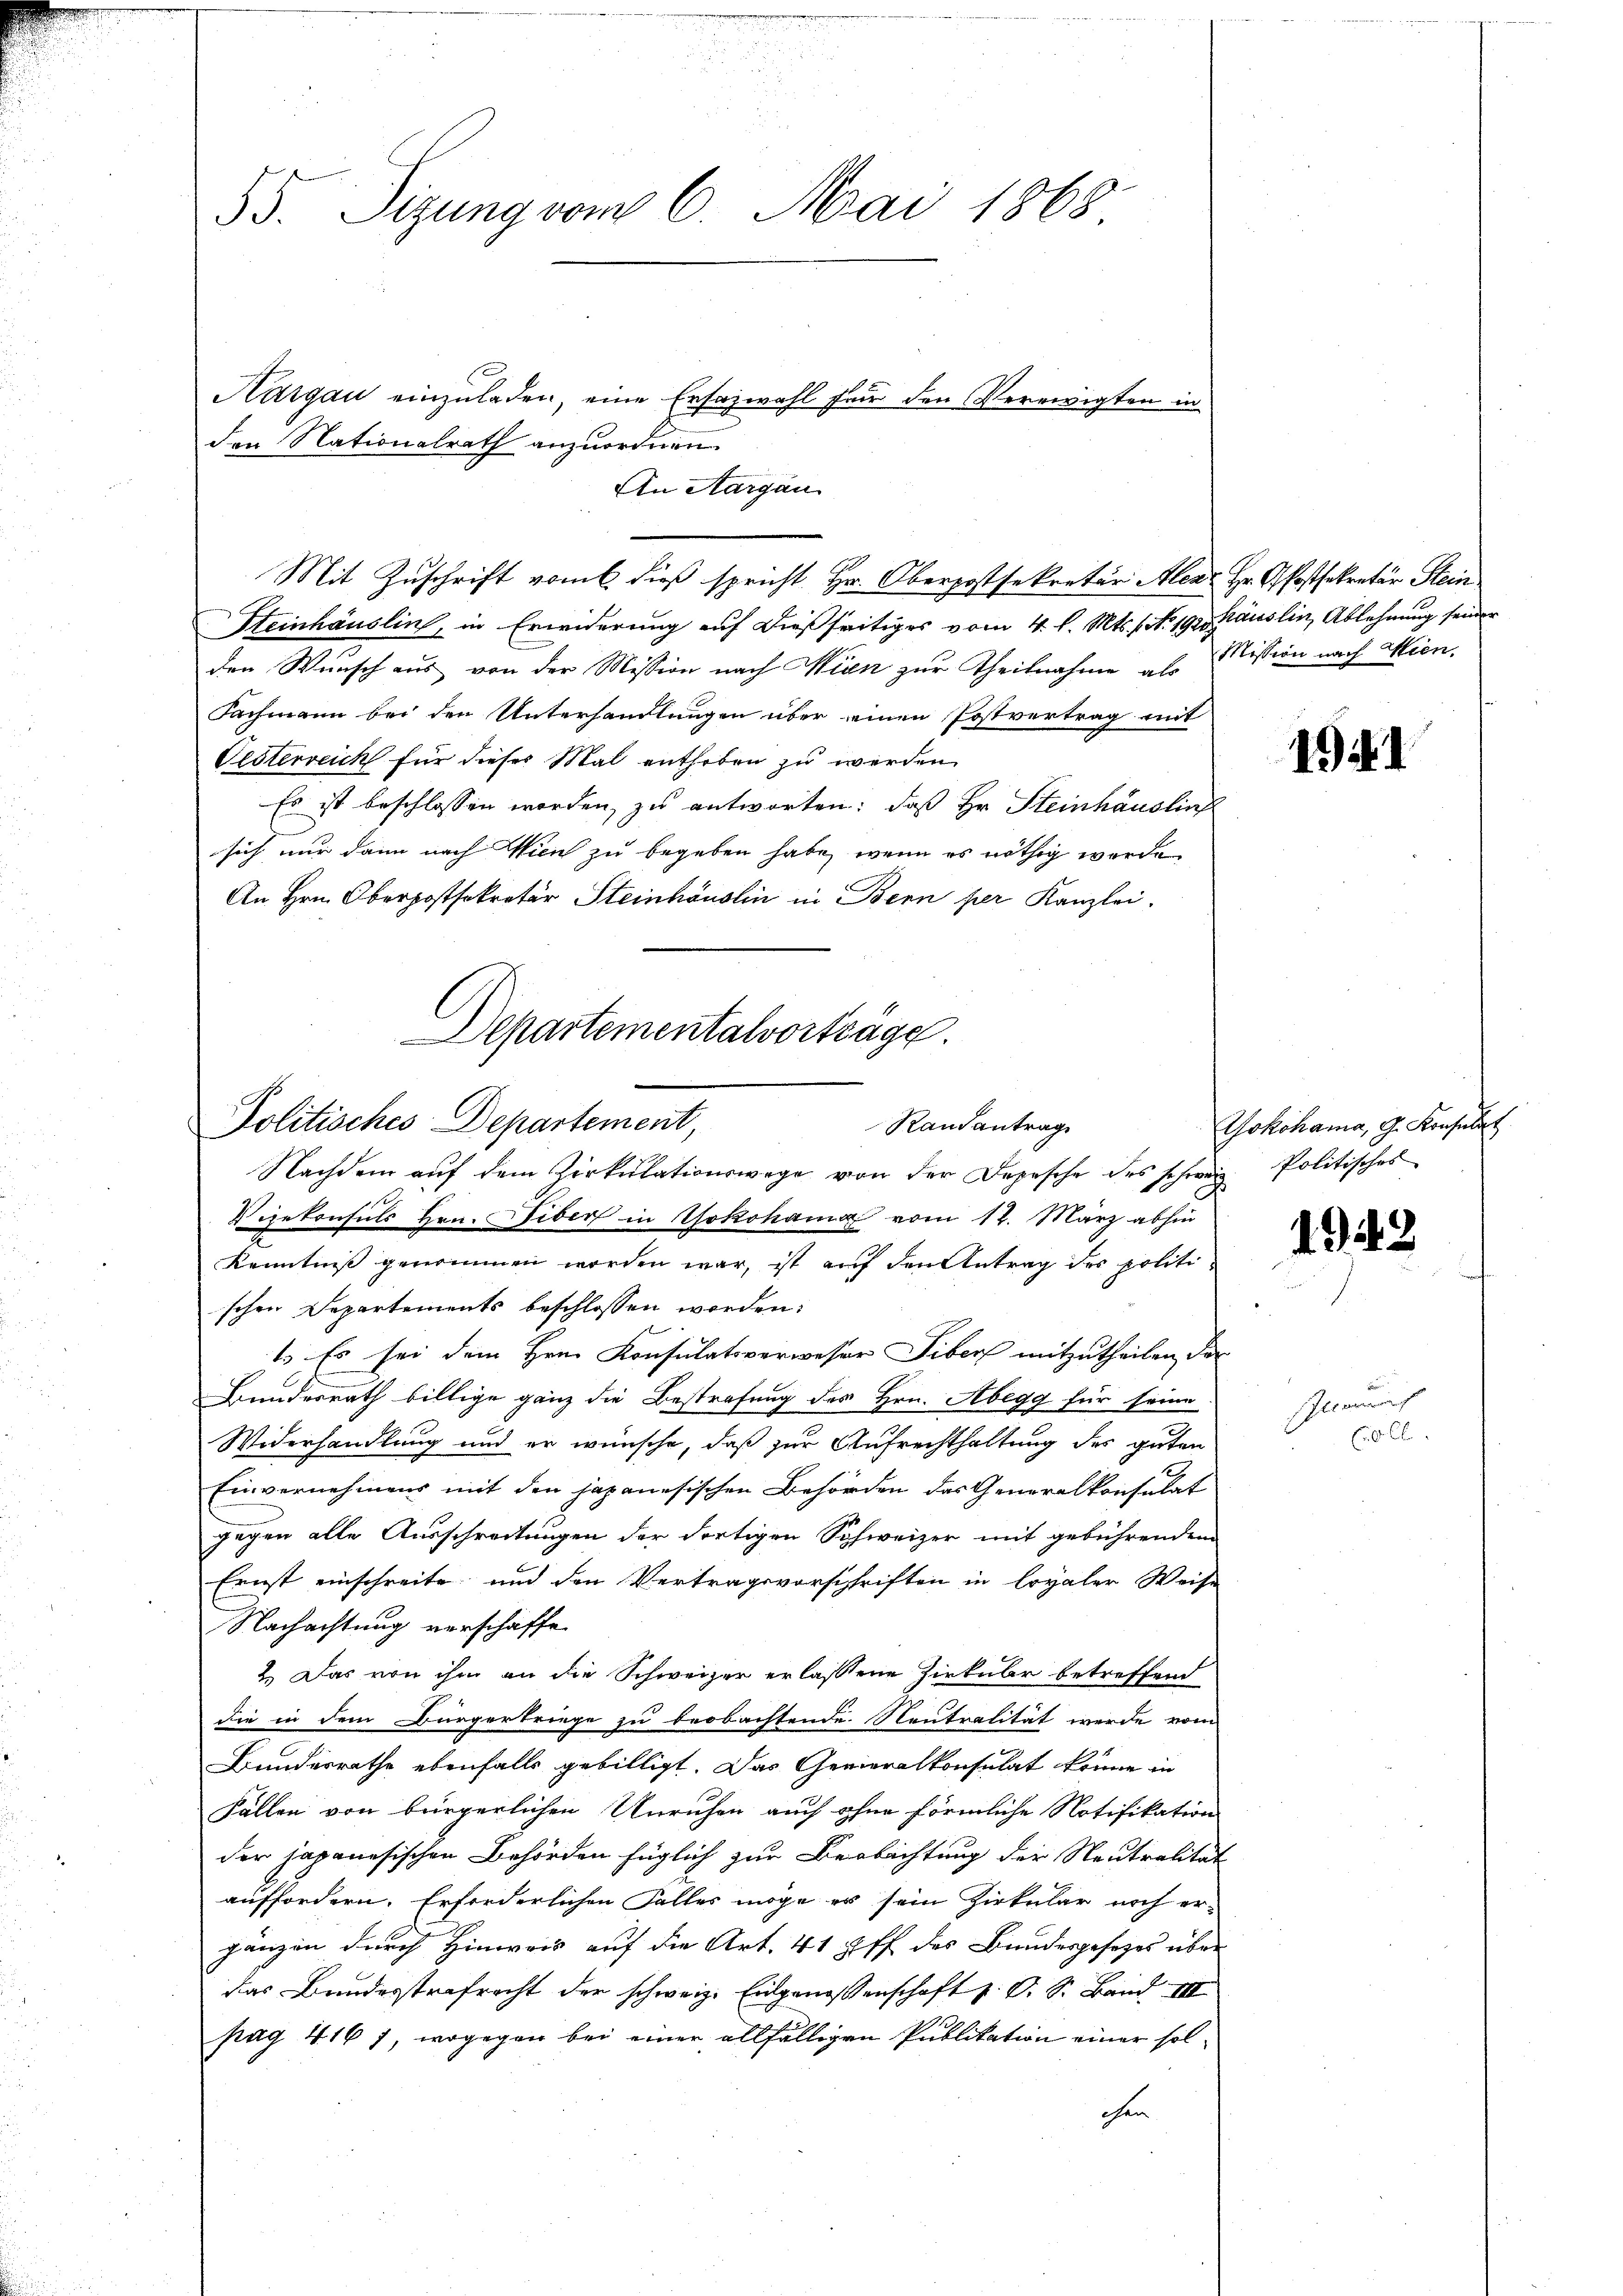
55. Sizung vom 6. Mai 1868

den Nationalrath anzuordnen.
Steinhäuslin, in Erwiderung auf dießseitiges vom 4. l. Mts. No. 19. häuslin, Ablehnung seiner
den Wunsch aus von der Mission nach Wien zur Theilnahme als
Fachmann bei den Unterhandlungen über einen Postvertrag mit
Oesterreich für dieses Mal enthoben zu werden
Es ist beschlossen worden, zu antworten: daß Hr. Steinhäuslief
sich nur dann nach Wien zu begeben habe, wenn es nöthig werde
An Hrn. Oberpostsekretär Steinhäuslin in Bern per Kanzlei.
Departementalvorträge.

Aargau einzuladen, eine Ersazwahl für den Verewigten in
An Aargau
Mit Zuschrift vom 6 dieß spricht Hr. Oberpostsekretär Aleat Hr. Pfossekretär Stein.

Politisches Departement,
Randantrag

Nachdem auf dem Zirkulationswege von der Depesche des schweiz. Politisches
Vizekonsuls Hrn. Tiber in Yokohama vom 12. März abfin
Kenntniß genommen worden war, ist auf den Antrag des politischen Separtements beschlossen worden:
f
1. Es sei dem Hrn. Konsulatsverweser Tiber mitzutheilen, das
Bundesrath billige ganz die Bestrafung des Hrn. Abegg für seine
Widerhandlung und er wünsche, daß zur Aufrechthaltung des guten
Einvernehmens mit den japanesischen Behörden das Generalkonsulat
gegen alle Ausschreitungen der dortigen Schweizer mit gebührendem
Ernst einschreite und den Vertragsvorschriften in loyaler Weise
Nachachtung verschaffe
2.) Das von ihm an die Schweizer erlassene Zirküber betreffend
die in dem Bürgertriege zu beobachtende Neutralität werde vom
Bundesrathe ebenfalls gebilligt. Das Generalkonsulat könne in
Fällen von bürgerlichen Unruhen auch ohne förmliche Notifikation
der japanesischen Behörden füglich zur Beobachtung der Neutralität
auffordern. Erforderlichen Falles möge es sein Zirkular noch ergänzen durch Hinweis auf die Art. 41 ff. des Bundesgesetzes über
das Bundesstrafrecht der schweiz. Eidgenossenschaft P. O. S. Band III
pag. 4167, wogegen bei einer allfälligen Publikation einer solchen

Mission nach Wien.

1941

Yokohama, G. Konsulat

1948

Alamat
0 Cl.